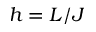
h = L / J